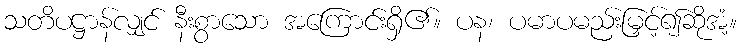
သတိပဋ္ဌာန်လျှင် နီးစွာသော အကြောင်းရှိ၏။ ပန၊ ပမာပမည်းမြှင့်၍ဆိုအံ့။